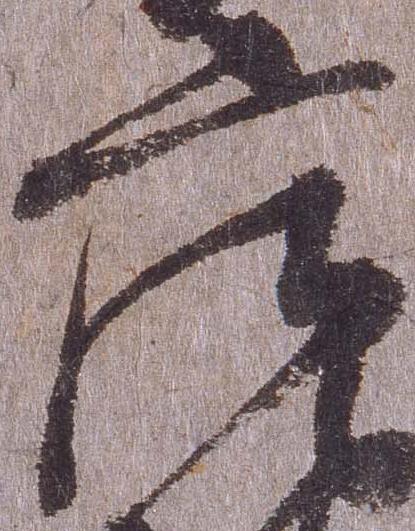
庄